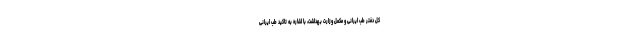
کل دفتر طب ایرانی و مکمل وزارت بهداشت، با اشاره به تاکید طب ایرانی